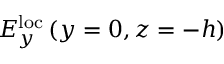
E _ { y } ^ { \mathrm { l o c } } \left( y = 0 , z = - h \right)